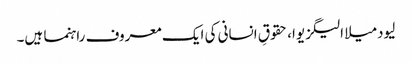
لیودمیلا الیگزیوا، حقوقِ انسانی کی ایک معروف راہنما ہیں۔